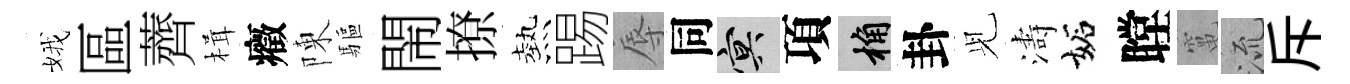
娥區薺楫癥陳驅閙撩熱踢辱同冥項桷卦𫤗濤妬瞠𥧄𣴑斥